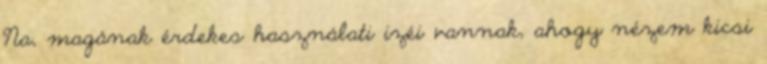
Na, magának érdekes használati izéi vannak, ahogy nézem kicsi